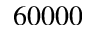
6 0 0 0 0